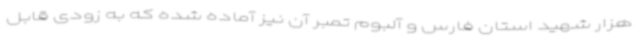
هزار شهید استان فارس و آلبوم تمبر آن نیز آماده شده که به زودی قابل